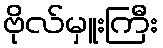
ဗိုလ်မှူးကြီး